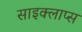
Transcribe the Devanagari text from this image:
साइक्लाप्स